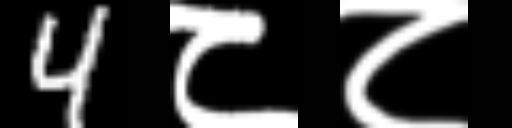
Text: 4८८